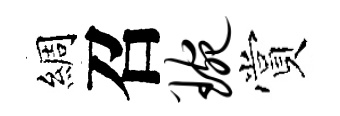
綢召琬賞